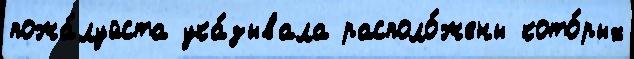
пожа́луйста ука́зывала располо́жены кото́рых